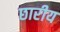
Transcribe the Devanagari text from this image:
छारीय